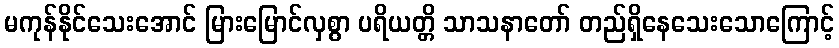
မကုန်နိုင်သေးအောင် မြားမြောင်လှစွာ ပရိယတ္တိ သာသနာတော် တည်ရှိနေသေးသောကြောင့်